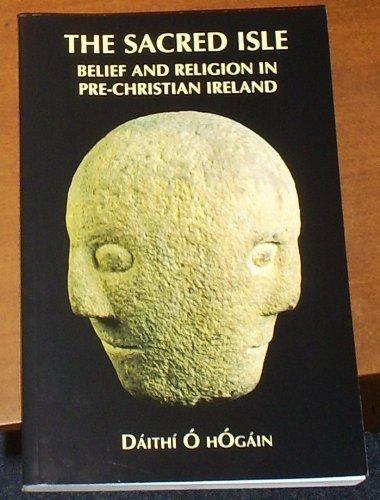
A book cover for At the Sign of the Cow: The Cork Butter Market: 1770-1924; Colin Rynne; Religion & Spirituality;